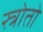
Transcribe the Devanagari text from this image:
स्त्रोतो